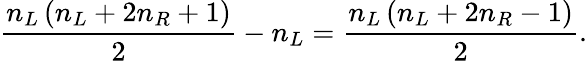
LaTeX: \frac{n_{L}\left(n_{L}+2n_{R}+1\right)}2-n_{L}=\frac{n_{L}\left(n_{L}+2n_{R}-1\right)}2.